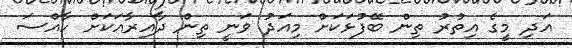
އަދި މީގެ އިތުރު ތިން ބޭފުޅަކަށް މިއަދު ވަނީ ތިން ދާއިރާއަކަށް ހާއްސަ